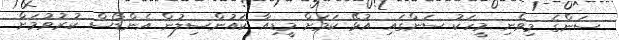
ސަންގެ މިވެނި މީހަކު ސަންގައި އުޅޭ ކަމަށް މީޑިއާ ކައުންސިލުން އެންޑޯސް ކުރުވުމަށް